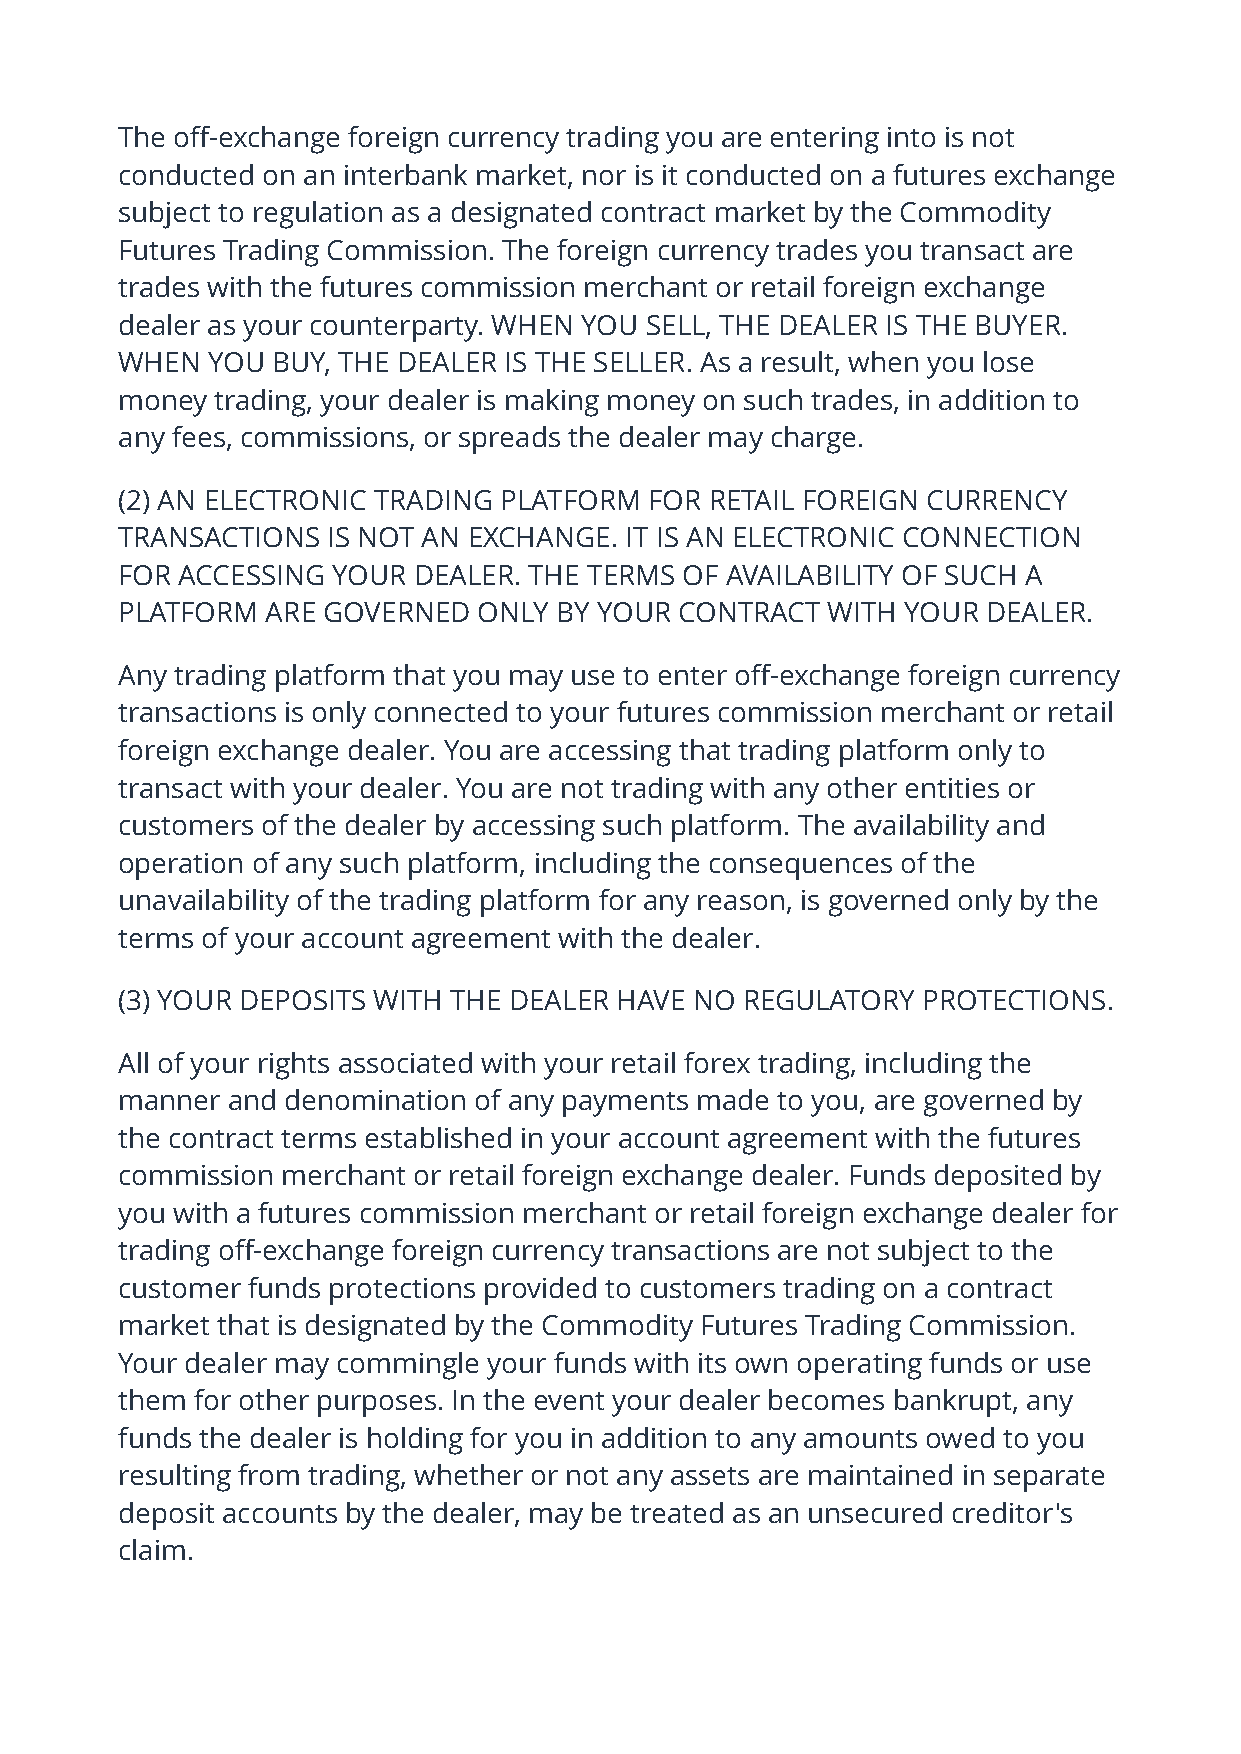
The off-exchange foreign currency trading you are entering into is not
 conducted on an interbank market, nor is it conducted on a futures exchange
 subject to regulation as a designated contract market by the Commodity
 Futures Trading Commission. The foreign currency trades you transact are
 trades with the futures commission merchant or retail foreign exchange
 dealer as your counterparty. WHEN YOU SELL, THE DEALER IS THE BUYER.
 WHEN  YOU BUY, THE DEALER IS THE SELLER. As a result, when you lose
 money trading, your dealer is making money on such trades, in addition to
 any fees, commissions, or spreads the dealer may charge.
 (2) AN ELECTRONIC TRADING PLATFORM FOR RETAIL FOREIGN CURRENCY
 TRANSACTIONS  IS NOT AN EXCHANGE. IT IS AN ELECTRONIC CONNECTION
 FOR ACCESSING YOUR DEALER. THE TERMS OF AVAILABILITY OF SUCH A
 PLATFORM  ARE GOVERNED  ONLY BY YOUR CONTRACT  WITH YOUR DEALER.
 Any trading platform that you may use to enter off-exchange foreign currency
 transactions is only connected to your futures commission merchant or retail
 foreign exchange dealer. You are accessing that trading platform only to
 transact with your dealer. You are not trading with any other entities or
 customers of the dealer by accessing such platform. The availability and
 operation of any such platform, including the consequences of the
 unavailability of the trading platform for any reason, is governed only by the
 terms of your account agreement with the dealer.
 (3) YOUR DEPOSITS WITH THE DEALER HAVE NO REGULATORY PROTECTIONS.
 All of your rights associated with your retail forex trading, including the
 manner and denomination of any payments made to you, are governed by
 the contract terms established in your account agreement with the futures
 commission merchant or retail foreign exchange dealer. Funds deposited by
 you with a futures commission merchant or retail foreign exchange dealer for
 trading off-exchange foreign currency transactions are not subject to the
 customer funds protections provided to customers trading on a contract
 market that is designated by the Commodity Futures Trading Commission.
 Your dealer may commingle your funds with its own operating funds or use
 them for other purposes. In the event your dealer becomes bankrupt, any
 funds the dealer is holding for you in addition to any amounts owed to you
 resulting from trading, whether or not any assets are maintained in separate
 deposit accounts by the dealer, may be treated as an unsecured creditor's
 claim.